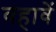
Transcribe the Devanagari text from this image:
वहावें